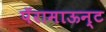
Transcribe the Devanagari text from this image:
पॅरामाऊन्ट